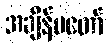
အချိန်မတော်